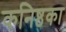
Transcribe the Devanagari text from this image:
कनिष्ठका